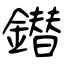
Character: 鐟